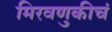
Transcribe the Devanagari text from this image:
मिरवणुकीचं